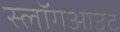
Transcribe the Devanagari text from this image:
स्लॉगआउट